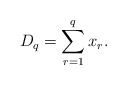
\begin{align*}D_{q}=\sum_{r=1}^{q}x_{r}.\end{align*}